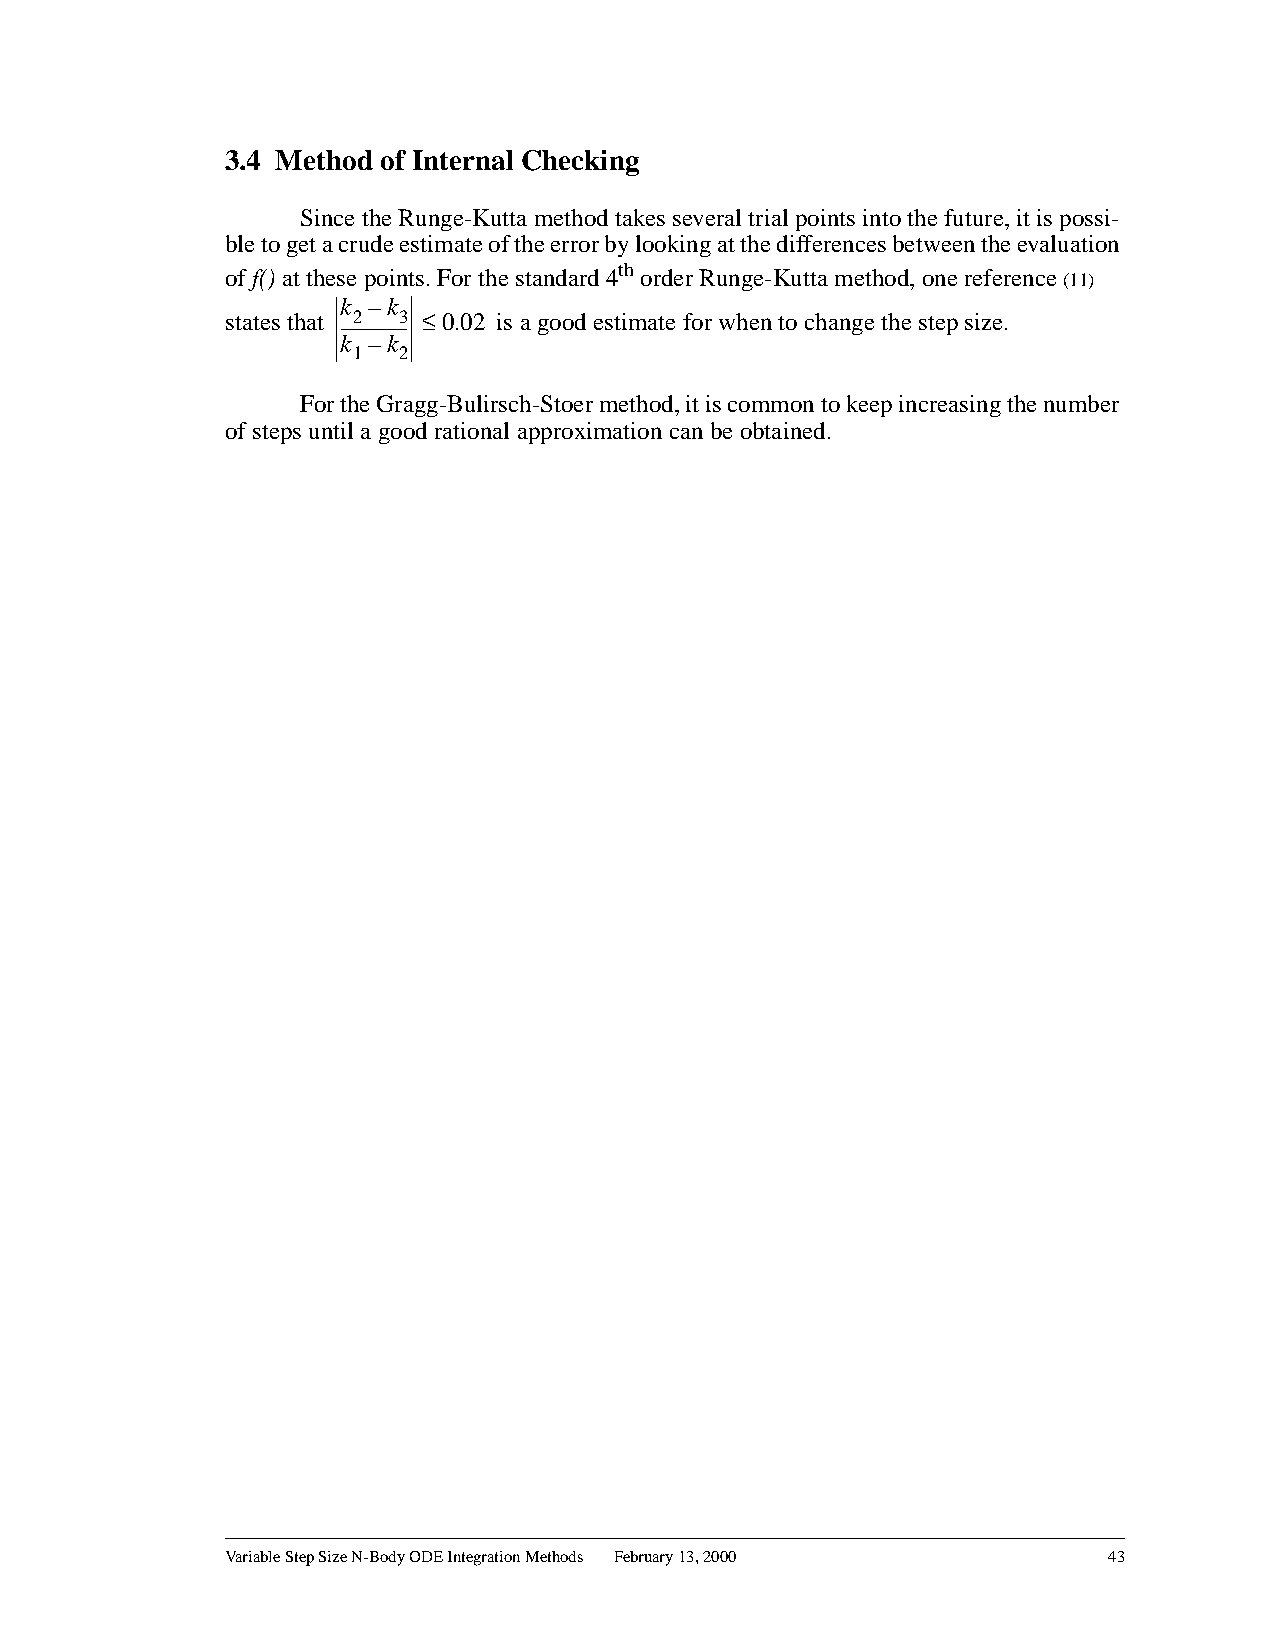
3.4 Method of Internal Checking
 Since the Runge-Kutta method takes several trial points into the future, it is possi-
 bletogetacrudeestimateoftheerrorbylookingatthedifferencesbetweentheevaluation
 of f() at these points. For the standard 4th order Runge-Kutta method, one reference(11)
 k –k
 states that ---2 ------------3 - £ 0.02 is a good estimate for when to change the step size.
 k –k
 1  2
 FortheGragg-Bulirsch-Stoermethod,itiscommontokeepincreasingthenumber
 of steps until a good rational approximation can be obtained.
 Variable Step Size N-Body ODE Integration Methods February 13, 2000 43